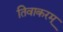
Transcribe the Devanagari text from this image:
तिवाकरम्